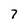
Character: 7